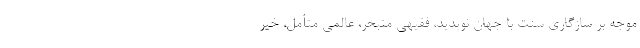
موجه بر سازگاری سنت با جهان نوپدید، فقیهی متبحر، عالمی متأمل، خیر